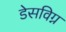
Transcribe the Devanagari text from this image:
डेसविग्न